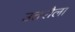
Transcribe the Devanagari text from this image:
उतरौला